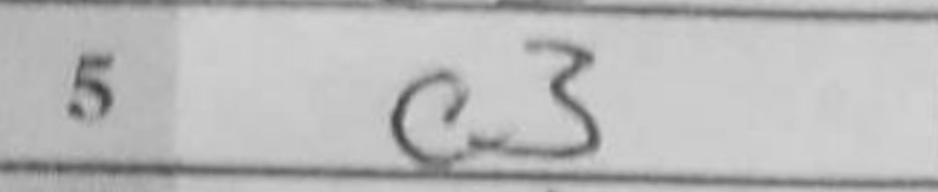
Transcription: c3